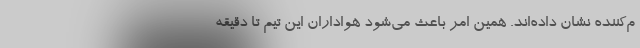
م‌کننده نشان داده‌اند. همین امر باعث می‌شود هواداران این تیم تا دقیقه